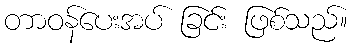
တာဝန်ပေးအပ် ခြင်း ဖြစ်သည်။